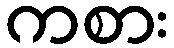
ကစား